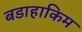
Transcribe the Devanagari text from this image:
बडाहाकिम